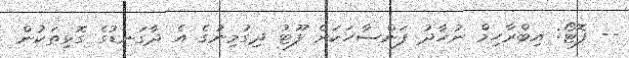
-- ފޮޓޯ: އިބްރާހިމް ނުހާދު ފަންސާހަކަށް ފޫޓު ދިގުމިނުގެ އެ ދާގަނޑުގެ ގޮޅިތަކުން